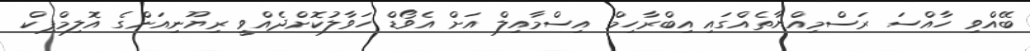
ބޭއްވި ހާއްސަ ރަސްމިއްޔާތެއްގައި އިބްރާހިމް އިސްމާއިލް އަށް އެވޯޑް ހަވާލުކޮށްދެއްވީ ރިޔޫނިއަންގެ އޮލިމްޕިކް